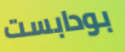
بودابست